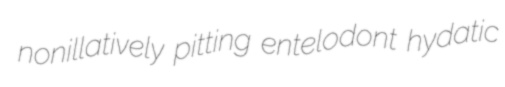
nonillatively pitting entelodont hydatic